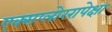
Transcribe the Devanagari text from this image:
एक्सप्लोररापेक्षा